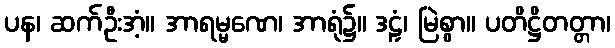
ပန၊ ဆက်ဦးအံ့။ အာရမ္မဏေ၊ အာရုံ၌။ ဒဠှံ၊ မြဲစွာ။ ပတိဋ္ဌိတတ္တာ၊